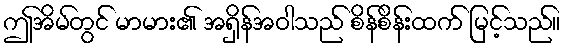
ဤအိမ်တွင် မာမား၏ အရှိန်အဝါသည် စိန်စိန်းထက် မြင့်သည်။